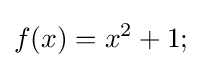
f(x)=x^{2}+1;